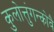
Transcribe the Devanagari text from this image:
कुलोत्तुंगन्कोवै